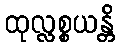
ထုလ္လစ္စယန္တိ